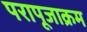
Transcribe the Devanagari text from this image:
परापूजाक्रम